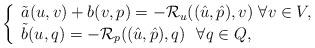
LaTeX: \begin{align*}\left\{\begin{array}{l}\tilde{a}(u,v)+b(v,p)=-\mathcal{R}_u((\hat{u},\hat{p}),v)~\forall v\in V,\\ \tilde{ b}(u,q)=- \mathcal{R}_p((\hat{u},\hat{p}),q)~~\forall q\in Q,\end{array}\right.\end{align*}